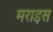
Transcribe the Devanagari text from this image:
मराइस